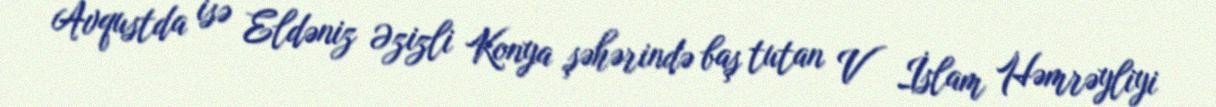
Avqustda isə Eldəniz Əzizli Konya şəhərində baş tutan V İslam Həmrəyliyi